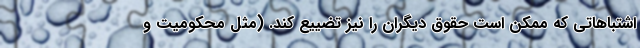
اشتباهاتي كه ممكن است حقوق ديگران را نيز تضييع كند. (مثل محکومیت و